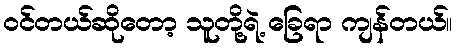
ဝင်တယ်ဆိုတော့ သူတို့ရဲ့ ခြေရာ ကျန်တယ်။